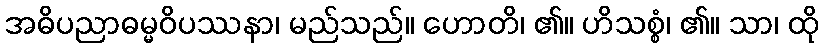
အဓိပညာဓမ္မဝိပဿနာ၊ မည်သည်။ ဟောတိ၊ ၏။ ဟိသစ္စံ၊ ၏။ သာ၊ ထို